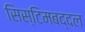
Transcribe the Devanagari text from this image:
सिस्टिमबद्दल